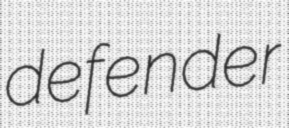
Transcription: defender